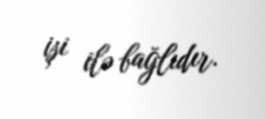
işi ilə bağlıdır.